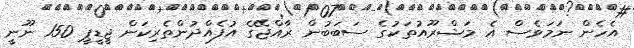
އެހެން ނަމަވެސް އެ މަޝްރޫއުތަކުގެ ސަބަބުން ރާއްޖޭގެ އުފެއްދުންތެރިކަން ޖީޑީޕީ 150 ނޫނީ